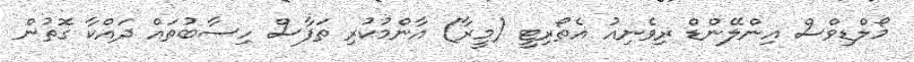
މޯލްޑިވްސް އިންލޭންޑް ޜިވެނިއު އެތޯރިޓީ (މީރާ) އާންމުކުރި ތަފާސް ހިސާބުތައް ދައްކާ ގޮތުން